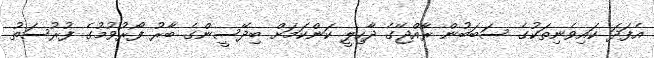
އެފަދަ ކައިވެނިތަކުގެ ސަބަބުން ރާއްޖޭގެ ދާހިލީ ކަންކަމަށް ބިދޭސީންގެ ބާރު ފޯރުވުމުގެ ފުރުސަތު